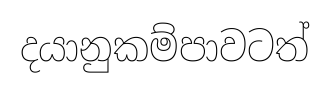
දයානුකම්පාවටත්